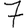
Digit: 7